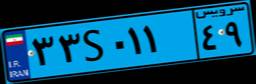
۳۳S۰۱۱۴۹